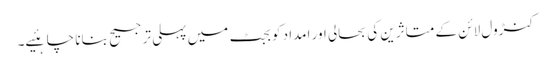
کنڑول لائن کے متاثرین کی بحالی اور امداد کو بجٹ میں پہلی ترجیح بنانا چاہئیے۔